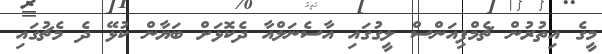
މީގެ އިތުރުން ޗެމްޕިއަންސް ލީގުގައި އާސެނަލްއާ ދެކޮޅަށް ބަޔާން ކުޅޭ ދެ މެޗުގައި